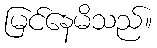
မြင်နေမိသည်။